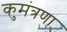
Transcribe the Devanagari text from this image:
कुमंत्रणा